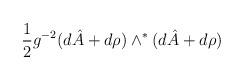
LaTeX: \begin{align*}\frac{1}{2}g^{-2}(d\hat{A}+ d\rho {})\wedge ^{*}(d\hat{A}+ d\rho {})\end{align*}